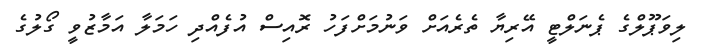
ލިވަޕޫލްގެ ޕެނަލްޓީ އޭރިޔާ ތެރެއަށް ވަނުމަށްފަހު ރޮއިސް އުފެއްދި ހަމަލާ އަމާޒުވީ ގޯލުގެ